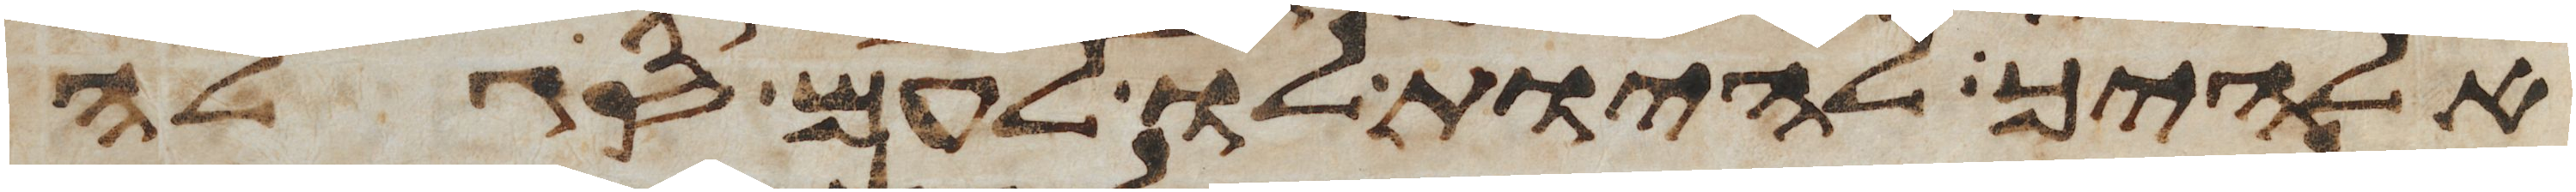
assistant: אלהיך להיות לו לעם סגלה